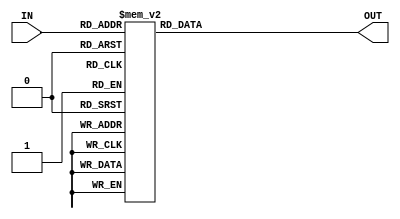
module Hex_Display(IN, OUT);
    input [4:0] IN;
	output reg [6:0] OUT;

	always @(*)
	begin
		case(IN[4:0])
			5'b00000: OUT = 7'b1000000;	// 0
			5'b00001: OUT = 7'b1111001;	// 1
			5'b00010: OUT = 7'b0100100;	// 2
			5'b00011: OUT = 7'b0110000; // 3
			5'b00100: OUT = 7'b0011001; // 4
			5'b00101: OUT = 7'b0010010; // 5
			5'b00110: OUT = 7'b0000010; // 6
			5'b00111: OUT = 7'b1111000; // 7
			5'b01000: OUT = 7'b0000000; // 8
			5'b01001: OUT = 7'b0011000; // 9
			5'b01010: OUT = 7'b0001000; // A
			5'b01011: OUT = 7'b0000011; // b
			5'b01100: OUT = 7'b1000110; // C
			5'b01101: OUT = 7'b0100001; // d
			5'b01110: OUT = 7'b0000110; // E
			5'b01111: OUT = 7'b0001110; // F
			5'b10000: OUT = 7'b0101011;	// n
			5'b10001: OUT = 7'b0111111;	// -
			5'b10010: OUT = 7'b1000111;	// L
			5'b10011: OUT = 7'b0001100;	// p
			5'b10100: OUT = 7'b0010000; // g
			5'b10101: OUT = 7'b1001000;	// N
			default: OUT = 7'b1111111; // Blank
		endcase

	end

endmodule